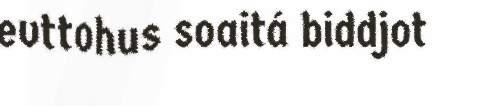
evttohus soaitá biddjot